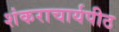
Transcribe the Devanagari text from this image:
शंकराचार्यपीठ